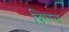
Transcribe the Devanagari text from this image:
विग्ग्ल